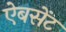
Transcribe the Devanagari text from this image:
ऐबसेंट